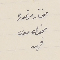
مختار مرتموره مخول موسى فهد